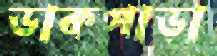
ডাকপাড়া